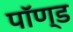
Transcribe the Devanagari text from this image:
पॉण्ड